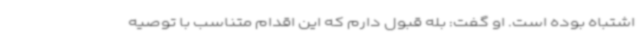
اشتباه بوده است. او گفت: بله قبول دارم که این اقدام متناسب با توصیه